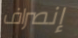
إنصراف